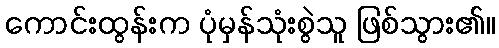
ကောင်းထွန်းက ပုံမှန်သုံးစွဲသူ ဖြစ်သွား၏။